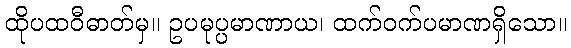
ထိုပထဝီဓာတ်မှ။ ဥပမုပ္ပမာဏာယ၊ ထက်ဝက်ပမာဏရှိသော။